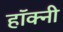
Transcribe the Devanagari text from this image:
हॉक्नी